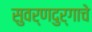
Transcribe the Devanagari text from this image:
सुवर्णदुर्गाचे